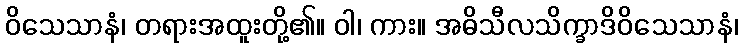
ဝိသေသာနံ၊ တရားအထူးတို့၏။ ဝါ၊ ကား။ အဓိသီလသိက္ခာဒိဝိသေသာနံ၊